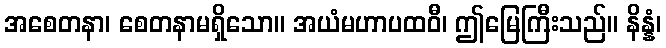
အစေတနာ၊ စေတနာမရှိသော။ အယံမဟာပထဝီ၊ ဤမြေကြီးသည်။ နိန္နံ၊